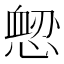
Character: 𢞤